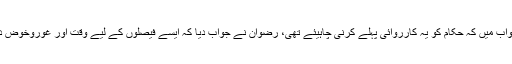
اس دلیل کے جواب میں کہ حکام کو یہ کارروائی پہلے کرنی چاہیئے تھی، رضوان نے جواب دیا کہ ایسے فیصلوں کے لیے وقت اور غوروخوض درکار ہوتا ہے۔